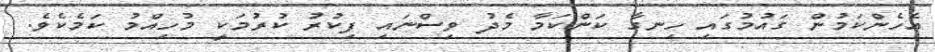
އެހެންކަމުން ގައުމުގައި ހިނގާ ކަންކަމާ މެދު ވިސްނައި ފިކުރު ކުރުމަކީ މުހިއްމު ކަމެކެވެ.